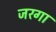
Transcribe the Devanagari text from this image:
जरगा